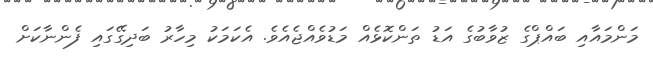
މަންމައާއި ބައްޕްގެ ޒުވާބުގެ އަޑު ތަންކޮޅެއް މަޑުވެއްޖެއެވެ. އެކަމަކު މިހާރު ބަދިގޭގައި ފެންނާކަށް